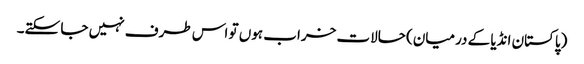
(پاکستان انڈیا کے درمیان) حالات خراب ہوں تو اس طرف نہیں جا سکتے۔